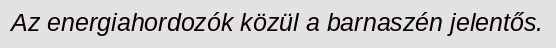
Az energiahordozók közül a barnaszén jelentős.